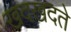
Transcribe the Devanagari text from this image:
खदखदते